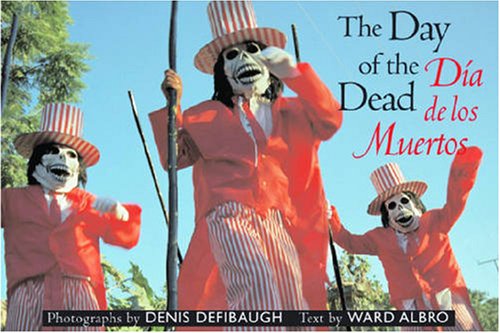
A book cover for Day of the Dead: DÃ­a de Muertos; Denis Defibaugh; Arts & Photography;